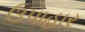
ઉપાહાર